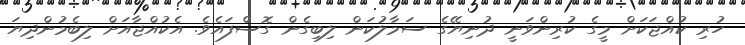
ހުރި ކުއްޖަކަށް މީގެ ކުރިންވަނީ ދުނިޔޭގެ ސަމާލުކަން ލިބިގެން ގޮސްފައެވެ. އެކުއްޖާއަށް ލިބެމުންދިޔަ